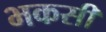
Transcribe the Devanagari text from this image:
भकसी